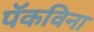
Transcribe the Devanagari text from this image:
पॅकविना